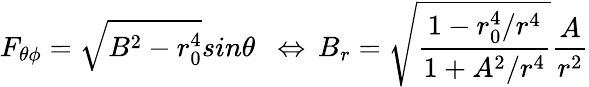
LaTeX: F_{\theta\phi}=\sqrt{B^{2}-r_{0}^{4}}sin\theta\ \ \Leftrightarrow\, B_{r}=\sqrt{\frac{1-r_{0}^{4}/r^{4}}{1+A^{2}/r^{4}}}\frac{A}{r^{2}}